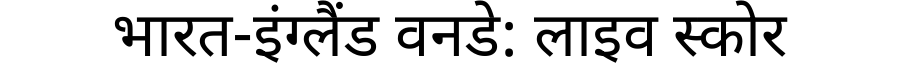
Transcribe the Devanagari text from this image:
भारत-इंग्लैंड वनडे: लाइव स्कोर